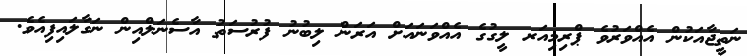
ނަތީޖާއަކުން އެއްވަރުވެ ޕްރިމިއަރ ލީގުގެ އެއްވަނައަށް އަރަން ލިބުނު ފުރުސަތު އާސެނަލްއިން ނަގާލައިފިއެވެ.